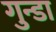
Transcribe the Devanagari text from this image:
गुन्डा